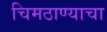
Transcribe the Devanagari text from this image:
चिमठाण्याचा